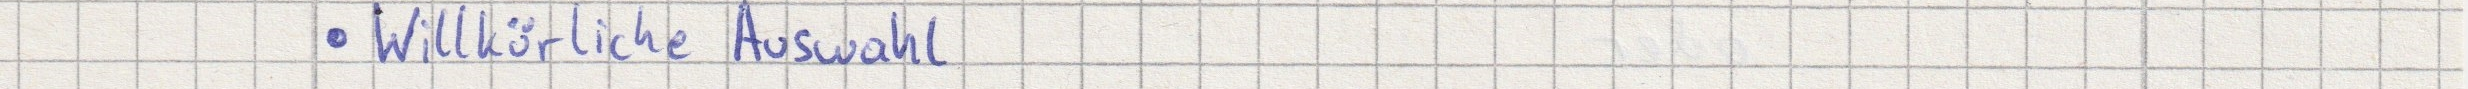
Willkürliche Auswahl